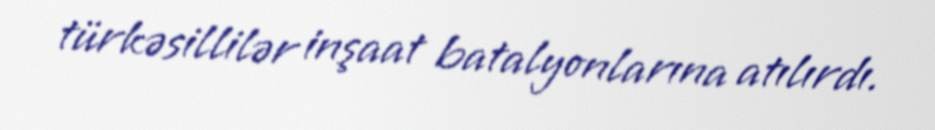
türkəsillilər inşaat batalyonlarına atılırdı.